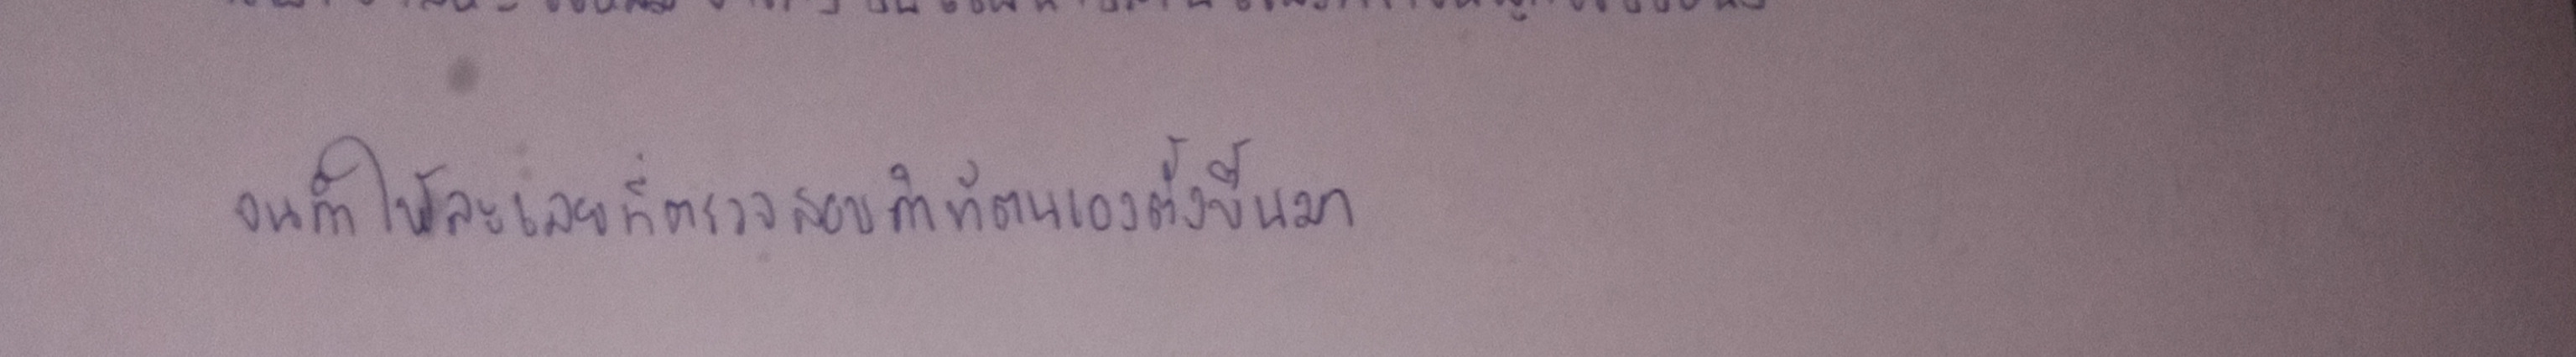
จนทำให้ละเลยที่จะตรวจสอบคำถามที่ตนเองตั้งขึ้นมา